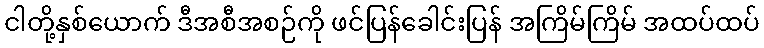
ငါတို့နှစ်ယောက် ဒီအစီအစဉ်ကို ဖင်ပြန်ခေါင်းပြန် အကြိမ်ကြိမ် အထပ်ထပ်